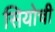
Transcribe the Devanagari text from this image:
सियोची